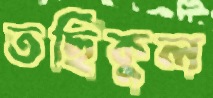
তছিকুল